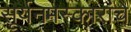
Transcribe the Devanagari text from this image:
सूर्यनमस्कारांचे